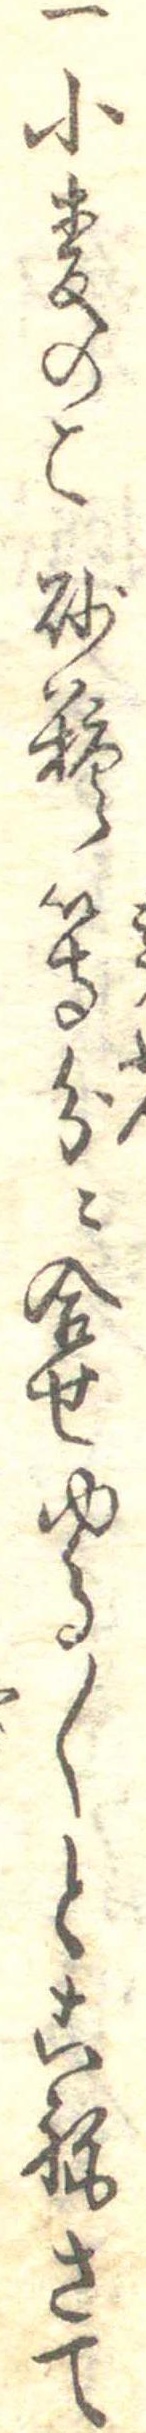
一小麦のこ砂糖等分に合せゆる〱とこねさて